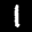
Label: 1